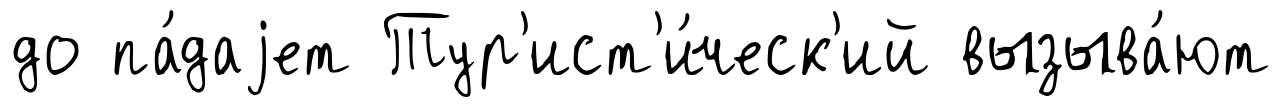
до па́даjет Тур'ист'и́ческ'ий вызыва́ют